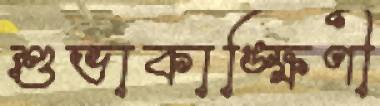
শুভাকাঙ্ক্ষিণী